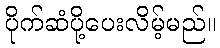
ပိုက်ဆံပို့ပေးလိမ့်မည်။